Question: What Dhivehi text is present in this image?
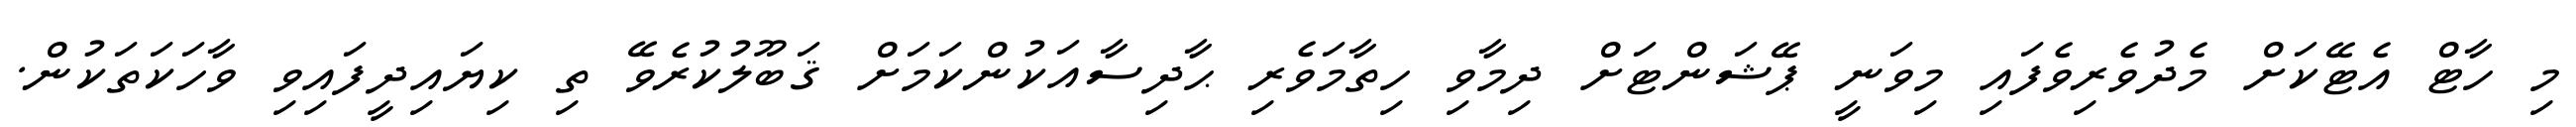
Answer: މި ހާޓް އެޓޭކަށް މެދުވެރިވެފައި މިވަނީ ޕޭޝަންޓަށް ދިމާވި ހިތާމަވެރި ޙާދިސާއަކުންކަމަށް ޤަބޫލުކުރެވޭ ތި ކިޔައިދީފައިވި ވާހަކަތަކުން.